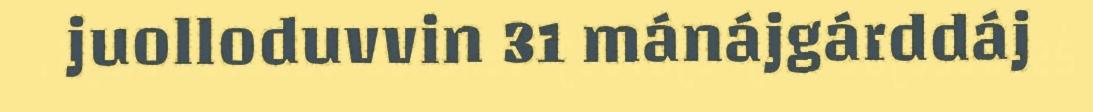
juolloduvvin 31 mánájgárddáj